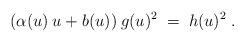
LaTeX: \begin{align*}(\alpha(u) \:u + b(u)) \:g(u)^2 \;=\; h(u)^2 \;.\end{align*}